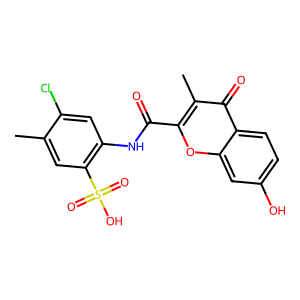
SMILES: Cc1cc(S(=O)(=O)O)c(NC(=O)c2oc3cc(O)ccc3c(=O)c2C)cc1Cl
Inhibits HIV replication: No